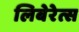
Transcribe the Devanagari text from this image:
लिबेरेत्स